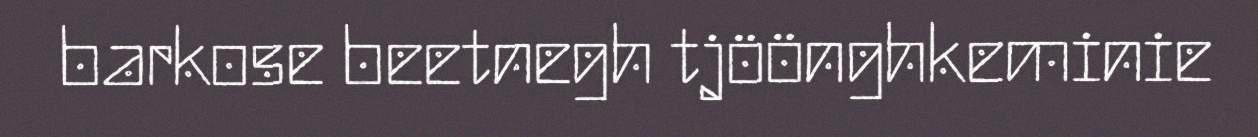
barkose beetnegh tjöönghkeminie